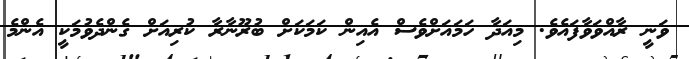
ވަނީ ރާއްވަވާފައެވެ. މިއަދާ ހަމައަށްވެސް އެއިން ކަމަކަށް ބުރޫނާރާ ކުރިއަށް ގެންދެވުމަކީ އެންމެ